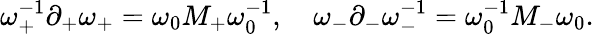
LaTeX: \omega_{+}^{-1}\partial_{+}\omega_{+}=\omega_{0}M_{+}\omega_{0}^{-1},\quad\omega_{-}\partial_{-}\omega_{-}^{-1}=\omega_{0}^{-1}M_{-}\omega_{0}.